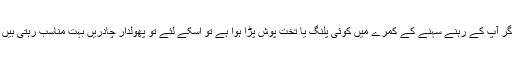
اگر آپ کے رہنے سہنے کے کمرے میں کوئی پلنگ یا تخت پوش پڑا ہوا ہے تو اسکے لئے تو پھولدار چادریں بہت مناسب رہتی ہیں ۔